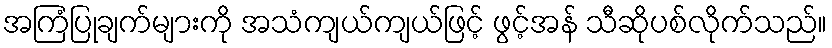
အကြံပြုချက်များကို အသံကျယ်ကျယ်ဖြင့် ဖွင့်အန် သီဆိုပစ်လိုက်သည်။